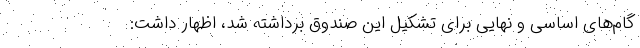
گام‌های اساسی و نهایی برای تشکیل این صندوق برداشته شد، اظهار داشت: